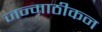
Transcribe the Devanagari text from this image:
जन्माठीकन